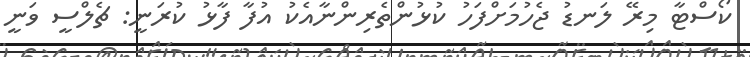
ކޯސްޓާ މިރޭ ލަނޑު ޖެހުމަށްފަހު ކުޅުންތެރިންނާއެކު އުފާ ފާޅު ކުރަނީ: ޗެލްސީ ވަނީ